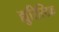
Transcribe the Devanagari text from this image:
ह्युरिस्टिक